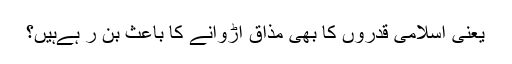
یعنی اسلامی قدروں کا بھی مذاق اڑوانے کا باعث بن ر ہےہیں؟